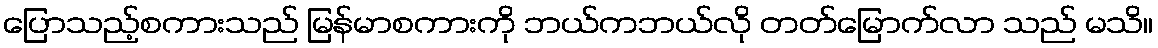
ပြောသည့်စကားသည် မြန်မာစကားကို ဘယ်ကဘယ်လို တတ်မြောက်လာ သည် မသိ။